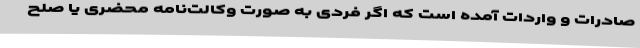
صادرات و واردات آمده است که اگر فردی به صورت وکالت‌نامه محضری یا صلح